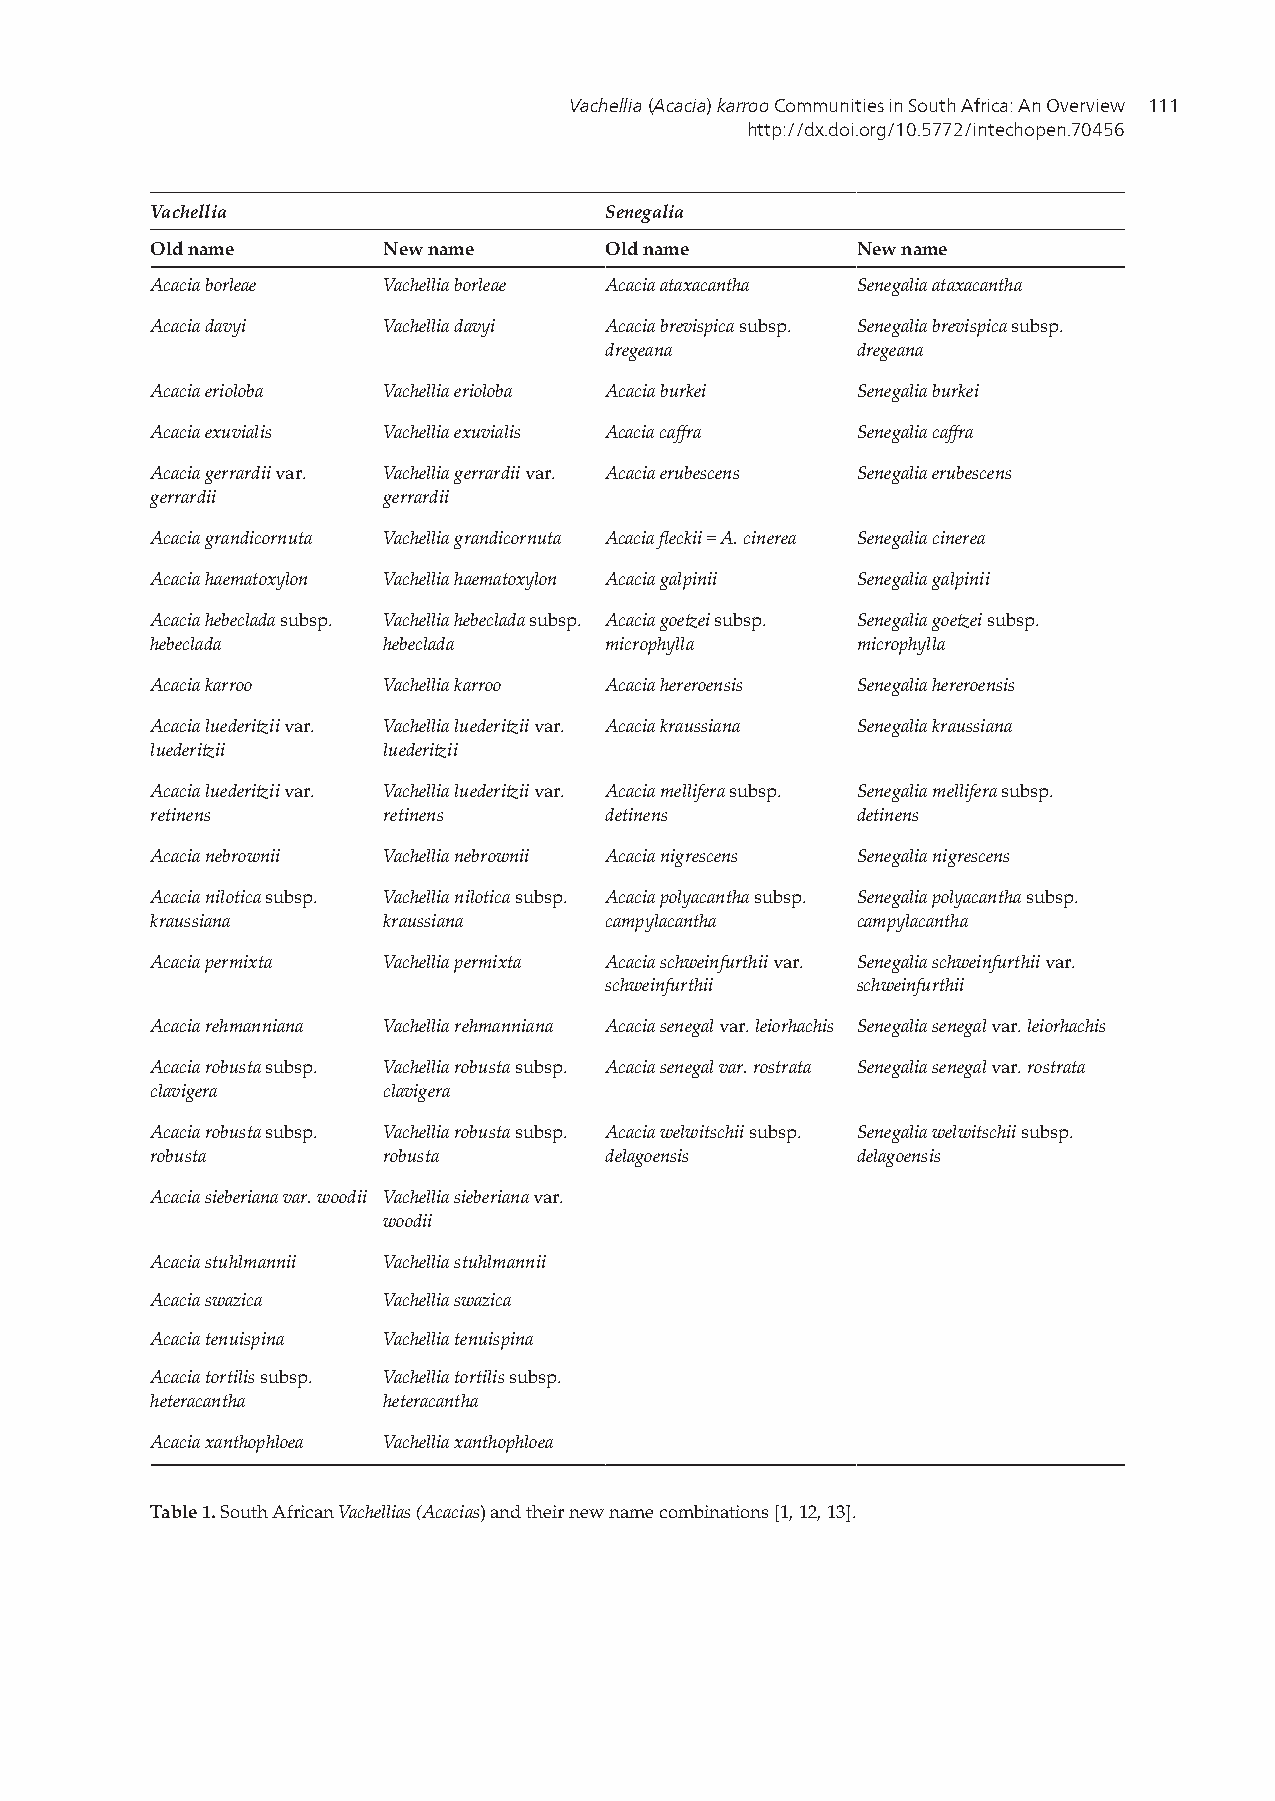
Vachellia (Acacia) karroo Communities in South Africa: An Overview 111
 http://dx.doi.org/10.5772/intechopen.70456
 Vachellia                     Senegalia
 Old name       New name       Old name         New name
 Acacia borleae Vachellia borleae Acacia ataxacantha Senegalia ataxacantha
 Acacia davyi   Vachellia davyi Acacia brevispica subsp. Senegalia brevispica subsp.
 dregeana         dregeana
 Acacia erioloba Vachellia erioloba Acacia burkei Senegalia burkei
 Acacia exuvialis Vachellia exuvialis Acacia caffra Senegalia caffra
 Acacia gerrardii var. Vachellia gerrardii var. Acacia erubescens Senegalia erubescens
 gerrardii      gerrardii
 Acacia grandicornuta Vachellia grandicornuta Acacia fleckii = A. cinerea Senegalia cinerea
 Acacia haematoxylon Vachellia haematoxylon Acacia galpinii Senegalia galpinii
 Acacia hebeclada subsp. Vachellia hebeclada subsp. Acacia goetzei subsp. Senegalia goetzei subsp.
 hebeclada      hebeclada      microphylla      microphylla
 Acacia karroo  Vachellia karroo Acacia hereroensis Senegalia hereroensis
 Acacia luederitzii var. Vachellia luederitzii var. Acacia kraussiana Senegalia kraussiana
 luederitzii    luederitzii
 Acacia luederitzii var. Vachellia luederitzii var. Acacia mellifera subsp. Senegalia mellifera subsp.
 retinens       retinens       detinens         detinens
 Acacia nebrownii Vachellia nebrownii Acacia nigrescens Senegalia nigrescens
 Acacia nilotica subsp. Vachellia nilotica subsp. Acacia polyacantha subsp. Senegalia polyacantha subsp.
 kraussiana     kraussiana     campylacantha    campylacantha
 Acacia permixta Vachellia permixta Acacia schweinfurthii var. Senegalia schweinfurthii var.
 schweinfurthii   schweinfurthii
 Acacia rehmanniana Vachellia rehmanniana Acacia senegal var. leiorhachis Senegalia senegal var. leiorhachis
 Acacia robusta subsp. Vachellia robusta subsp. Acacia senegal var. rostrata Senegalia senegal var. rostrata
 clavigera      clavigera
 Acacia robusta subsp. Vachellia robusta subsp. Acacia welwitschii subsp. Senegalia welwitschii subsp.
 robusta        robusta        delagoensis      delagoensis
 Acacia sieberiana var. woodii Vachellia sieberiana var.
 woodii
 Acacia stuhlmannii Vachellia stuhlmannii
 Acacia swazica Vachellia swazica
 Acacia tenuispina Vachellia tenuispina
 Acacia tortilis subsp. Vachellia tortilis subsp.
 heteracantha   heteracantha
 Acacia xanthophloea Vachellia xanthophloea
 Table 1. South African Vachellias (Acacias) and their new name combinations [1, 12, 13].